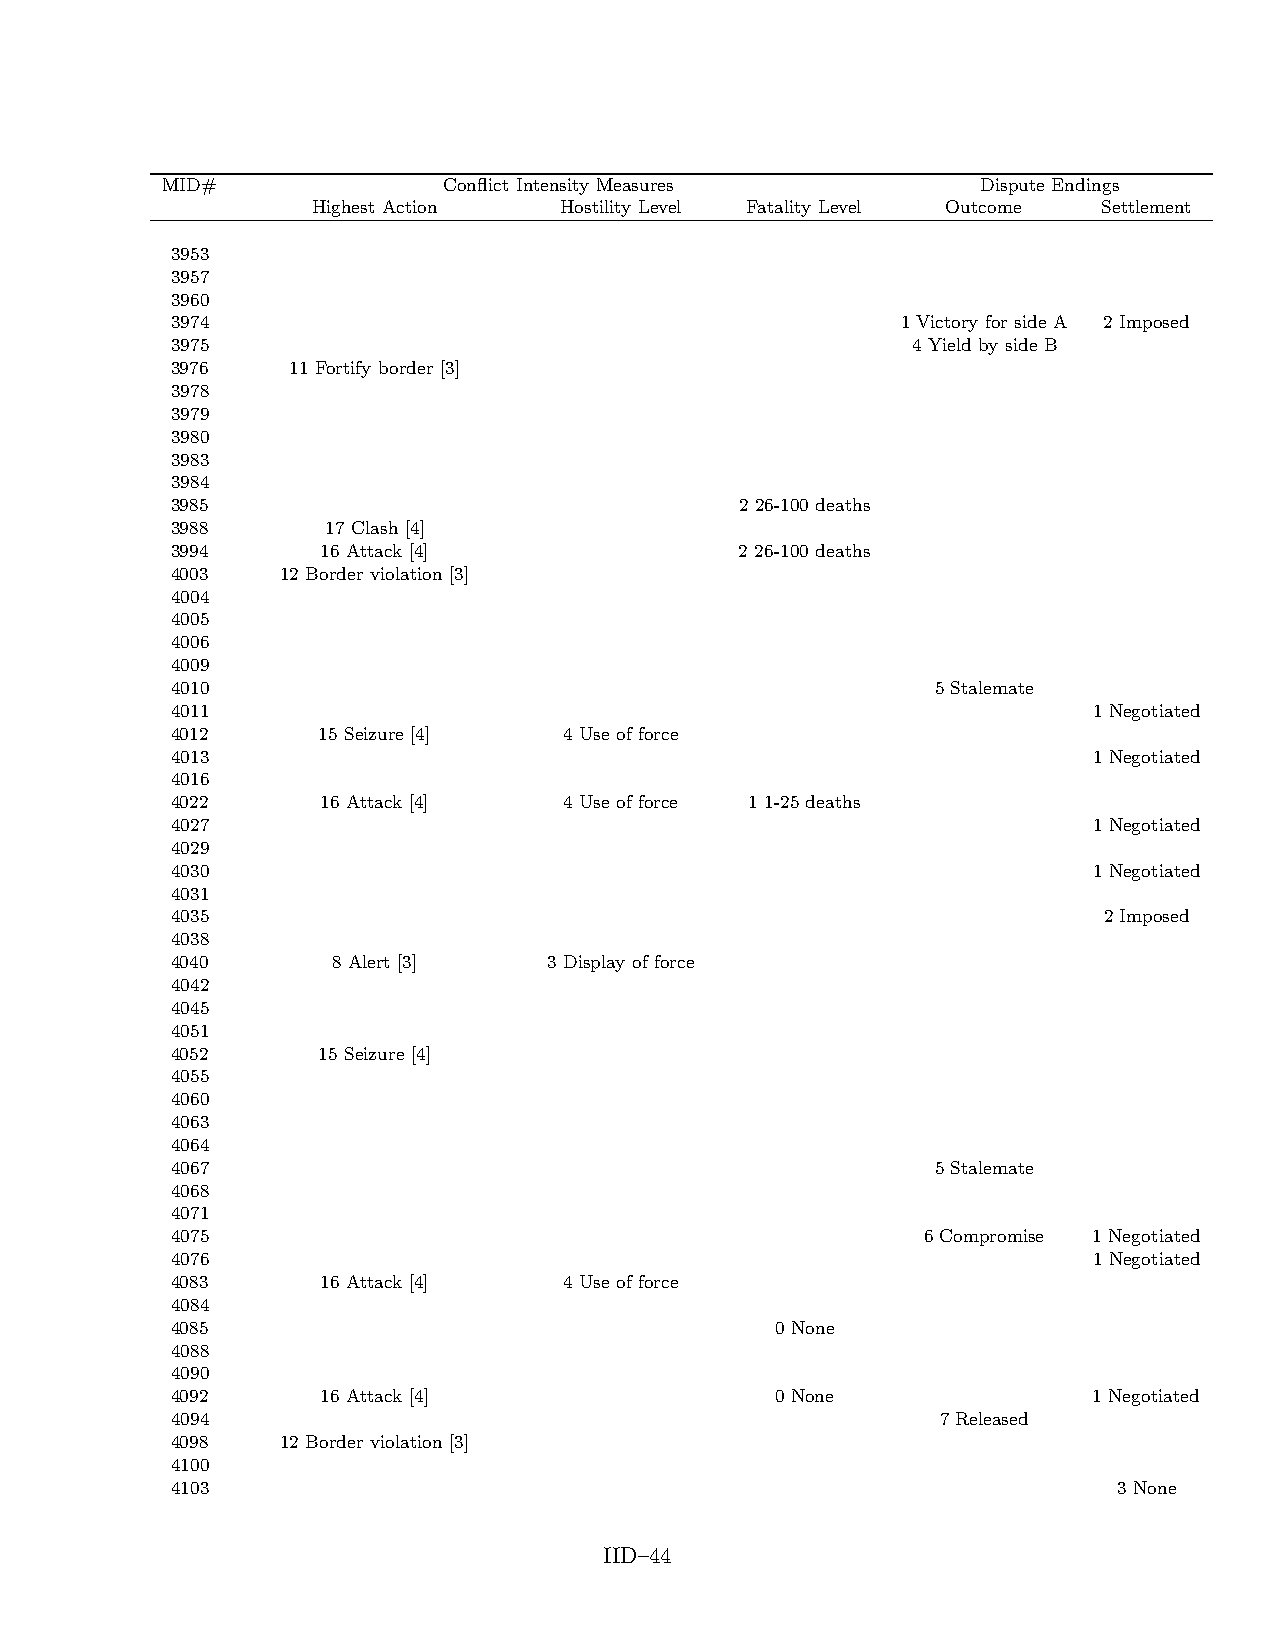
MID#              Conflict Intensity Measures         Dispute Endings
 Highest Action  Hostility Level Fatality Level Outcome Settlement
 3953
 3957
 3960
 3974                                             1 Victory for side A 2 Imposed
 3975                                             4 Yield by side B
 3976    11 Fortify border [3]
 3978
 3979
 3980
 3983
 3984
 3985                                  2 26-100 deaths
 3988       17 Clash [4]
 3994      16 Attack [4]               2 26-100 deaths
 4003    12 Border violation [3]
 4004
 4005
 4006
 4009
 4010                                               5 Stalemate
 4011                                                         1 Negotiated
 4012      15 Seizure [4]  4 Use of force
 4013                                                         1 Negotiated
 4016
 4022      16 Attack [4]   4 Use of force 1 1-25 deaths
 4027                                                         1 Negotiated
 4029
 4030                                                         1 Negotiated
 4031
 4035                                                          2 Imposed
 4038
 4040       8 Alert [3]   3 Display of force
 4042
 4045
 4051
 4052      15 Seizure [4]
 4055
 4060
 4063
 4064
 4067                                               5 Stalemate
 4068
 4071
 4075                                              6 Compromise 1 Negotiated
 4076                                                         1 Negotiated
 4083      16 Attack [4]   4 Use of force
 4084
 4085                                    0 None
 4088
 4090
 4092      16 Attack [4]                 0 None               1 Negotiated
 4094                                               7 Released
 4098    12 Border violation [3]
 4100
 4103                                                           3 None
 IID–44